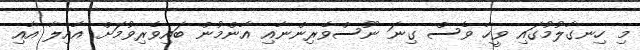
މި ހިނގާލުމުގައި ވީހާ ވެސް ގިނަ ނޫސްވެރިންނާއި އާންމުން ބައިވެރިވުމަށް އާއިލާ އާއި